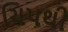
ચિપથી